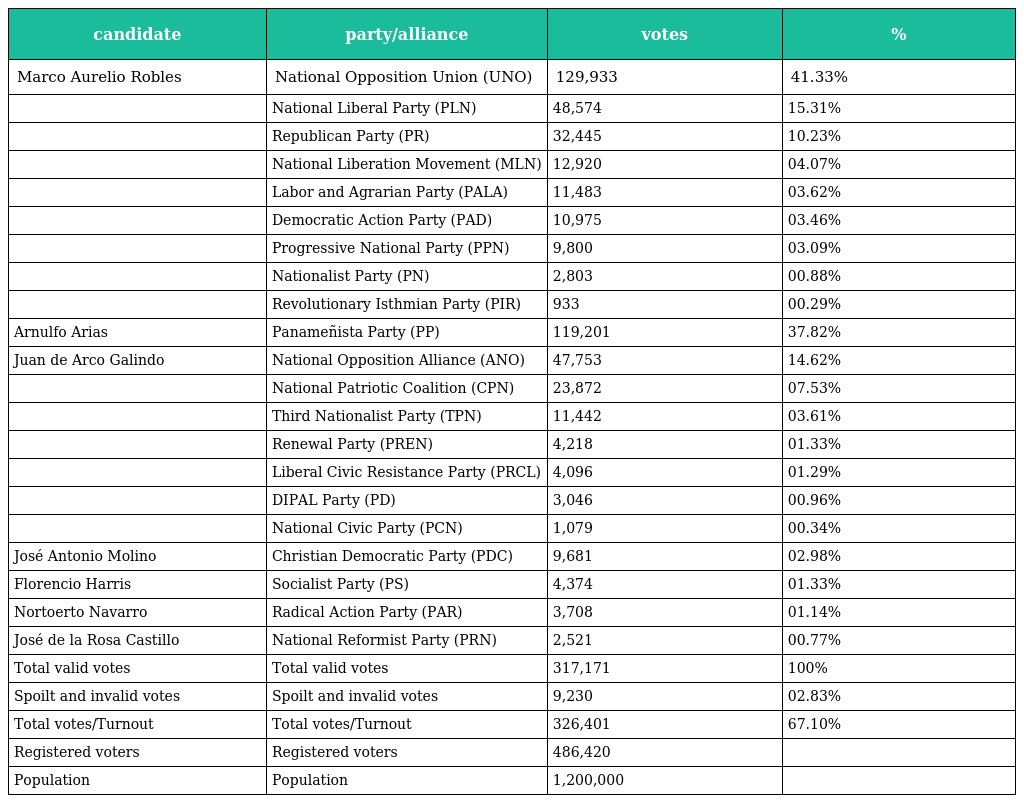
| candidate | party/alliance | votes | % |
 | --- | --- | --- | --- |
 | Marco Aurelio Robles | National Opposition Union (UNO) | 129,933 | 41.33% |
 |  | National Liberal Party (PLN) | 48,574 | 15.31% |
 |  | Republican Party (PR) | 32,445 | 10.23% |
 |  | National Liberation Movement (MLN) | 12,920 | 04.07% |
 |  | Labor and Agrarian Party (PALA) | 11,483 | 03.62% |
 |  | Democratic Action Party (PAD) | 10,975 | 03.46% |
 |  | Progressive National Party (PPN) | 9,800 | 03.09% |
 |  | Nationalist Party (PN) | 2,803 | 00.88% |
 |  | Revolutionary Isthmian Party (PIR) | 933 | 00.29% |
 | Arnulfo Arias | Panameñista Party (PP) | 119,201 | 37.82% |
 | Juan de Arco Galindo | National Opposition Alliance (ANO) | 47,753 | 14.62% |
 |  | National Patriotic Coalition (CPN) | 23,872 | 07.53% |
 |  | Third Nationalist Party (TPN) | 11,442 | 03.61% |
 |  | Renewal Party (PREN) | 4,218 | 01.33% |
 |  | Liberal Civic Resistance Party (PRCL) | 4,096 | 01.29% |
 |  | DIPAL Party (PD) | 3,046 | 00.96% |
 |  | National Civic Party (PCN) | 1,079 | 00.34% |
 | José Antonio Molino | Christian Democratic Party (PDC) | 9,681 | 02.98% |
 | Florencio Harris | Socialist Party (PS) | 4,374 | 01.33% |
 | Nortoerto Navarro | Radical Action Party (PAR) | 3,708 | 01.14% |
 | José de la Rosa Castillo | National Reformist Party (PRN) | 2,521 | 00.77% |
 | Total valid votes | Total valid votes | 317,171 | 100% |
 | Spoilt and invalid votes | Spoilt and invalid votes | 9,230 | 02.83% |
 | Total votes/Turnout | Total votes/Turnout | 326,401 | 67.10% |
 | Registered voters | Registered voters | 486,420 |  |
 | Population | Population | 1,200,000 |  |